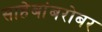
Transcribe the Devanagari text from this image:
साहेबांबरोबर